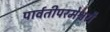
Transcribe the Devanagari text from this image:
पार्वतीपरमेश्वरौ